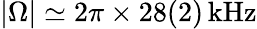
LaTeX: |\Omega|\simeq 2\pi\times 28(2)\, \mathrm{kHz}